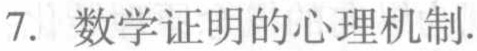
7. 数学证明的心理机制.